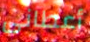
أعطانى